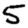
Digit: 5